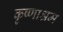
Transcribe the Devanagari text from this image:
कृष्णाश्रम